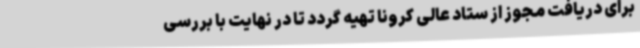
برای دریافت مجوز از ستاد عالی کرونا تهیه گردد تا در نهایت با بررسی